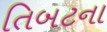
તિબટના